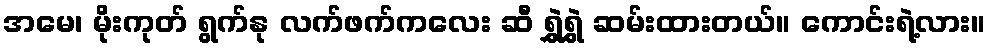
အမေ၊ မိုးကုတ် ရွက်နု လက်ဖက်ကလေး ဆီ ရွှဲရွှဲ ဆမ်းထားတယ်။ ကောင်းရဲ့လား။